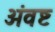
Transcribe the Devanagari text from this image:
अंवष्ट